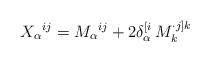
LaTeX: \begin{align*} X _\alpha{}^{ij} = M_\alpha{}^{ij}+2 \delta_\alpha^{[i}\,M_k^{\cdot j]k}\end{align*}